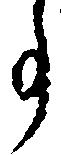
事